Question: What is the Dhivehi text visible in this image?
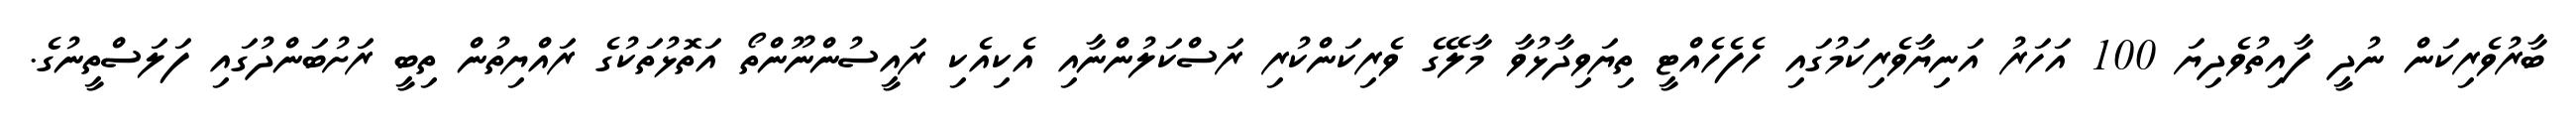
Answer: ބާރުވެރިކަން ނުދީ ފާއިތުވެދިޔަ 100 އަހަރު އަނިޔާވެރިކަމުގައި ހެފެހެއްޓީ ތިޔަވިދާޅުވާ މާލޭގެ ވެރިކަންކުރި ރަސްކަލުންނާއި އެކިއެކި ރައީސުންނޫންތޯ އަތޮޅުތަކުގެ ރައްޔިތުން ތިބީ ރަށުބަންދުގައި ފަލަސްތީނުގެ.